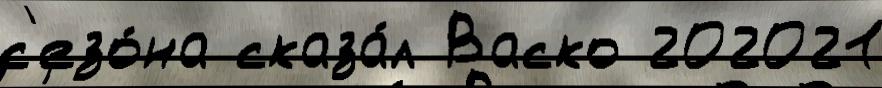
с'езо́на сказа́л Васко 202021